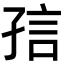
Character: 𡥪